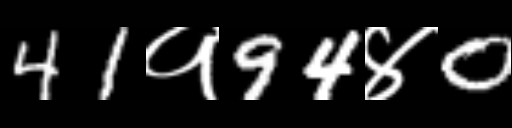
Text: 41१94४0